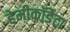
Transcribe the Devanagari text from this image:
हेमीकॉर्डेटा